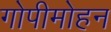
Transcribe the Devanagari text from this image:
गोपीमोहन